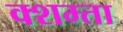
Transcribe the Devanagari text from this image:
क्शम्ता